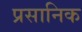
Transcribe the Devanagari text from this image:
प्रसानिक